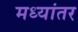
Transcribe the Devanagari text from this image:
मध्‍यांतर